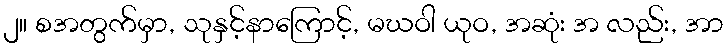
၂။ စအတွက်မှာ, သုနှင့်နာကြောင့်, မဃဝါ ယုဝ, အဆုံး အ လည်း, အာ